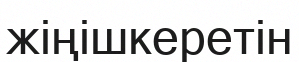
жіңішкеретін